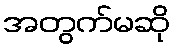
အတွက်မဆို